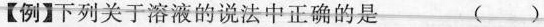
【例】下列关于溶液的说法中正确的是 (